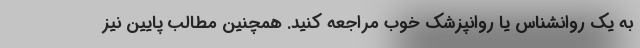
به یک روانشناس یا روانپزشک خوب مراجعه کنید. همچنین مطالب پایین نیز